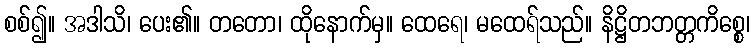
စစ်၍။ အဒါသိ၊ ပေး၏။ တတော၊ ထိုနောက်မှ။ ထေရေ၊ မထေရ်သည်။ နိဋ္ဌိတဘတ္တကိစ္စေ၊